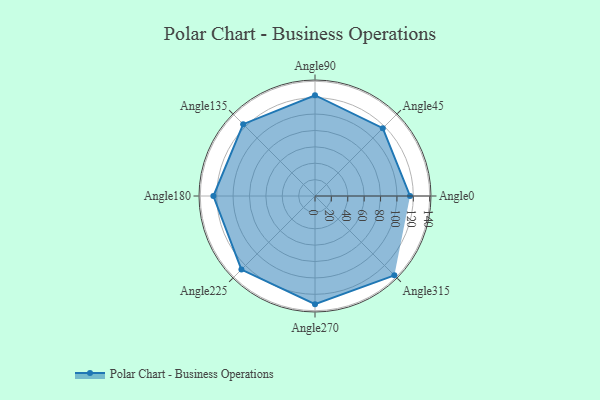
{"axis": {"x": "Angle", "y": "Radius"}, "legend": [""], "data": [{"x": "Angle0", "y": 116.0, "type": ""}, {"x": "Angle45", "y": 117.0, "type": ""}, {"x": "Angle90", "y": 123.0, "type": ""}, {"x": "Angle135", "y": 124.0, "type": ""}, {"x": "Angle180", "y": 124.0, "type": ""}, {"x": "Angle225", "y": 127.0, "type": ""}, {"x": "Angle270", "y": 132.0, "type": ""}, {"x": "Angle315", "y": 137.0, "type": ""}]}